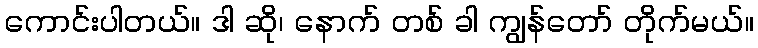
ကောင်းပါတယ်။ ဒါ ဆို၊ နောက် တစ် ခါ ကျွန်တော် တိုက်မယ်။